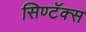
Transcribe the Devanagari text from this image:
सिण्टॅक्स